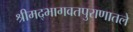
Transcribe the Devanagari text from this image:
श्रीमद्भागवतपुराणातले